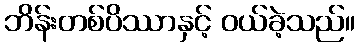
ဘိန်းတစ်ပိဿာနှင့် ဝယ်ခဲ့သည်။